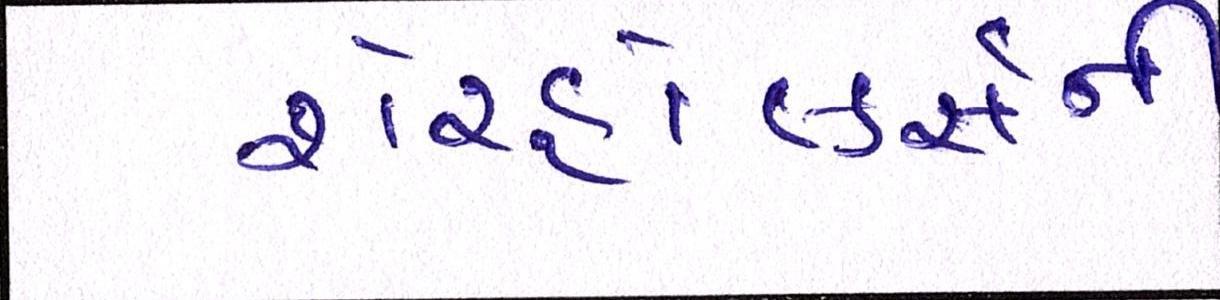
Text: શેરહોલ્ડર્સની